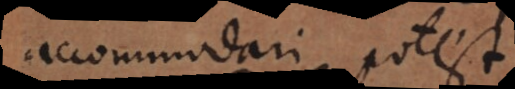
accommodari potest.